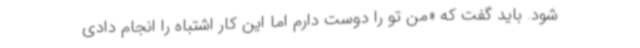
شود. باید گفت که «من تو را دوست دارم اما این کار اشتباه را انجام دادی